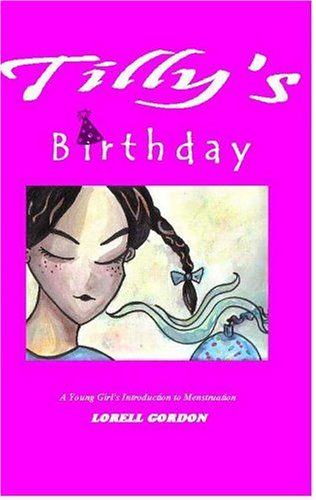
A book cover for Tilly's Birthday: A Young Girl's Introduction to Menstruation; Lorell Gordon; Health, Fitness & Dieting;